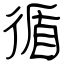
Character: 循